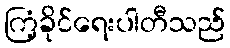
ကြံ့ခိုင်ရေးပါတီသည်